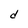
Character: d